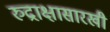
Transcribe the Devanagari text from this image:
रुद्राक्षासारखी